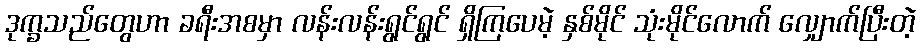
ဒုက္ခသည်တွေဟာ ခရီးအစမှာ လန်းလန်းရွင်ရွင် ရှိကြပေမဲ့ နှစ်မိုင် သုံးမိုင်လောက် လျှောက်ပြီးတဲ့